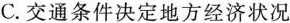
C. 交通条件决定地方经济状况